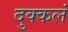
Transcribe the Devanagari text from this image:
दुक्कलं